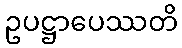
ဥပဋ္ဌာပေဿတိ